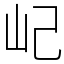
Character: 屺